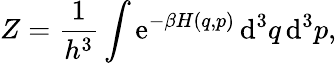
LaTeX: Z={\frac{1}{h^{3}}}\int\mathrm{e}^{-\beta H(q,p)}\, \mathrm{d}^{3}q\, \mathrm{d}^{3}p,